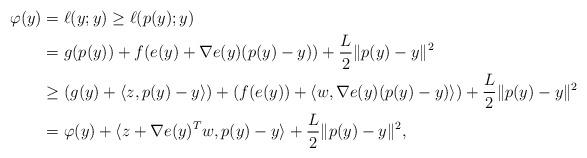
LaTeX: \begin{align*}\varphi (y)&= \ell(y;y)\geq \ell(p(y);y) \\&= g(p(y))+f(e(y) + \nabla e(y)(p(y)-y)) +\frac{L}{2}\|p(y)-y\|^2 \\&\geq (g(y)+\langle z, p(y)-y\rangle) +(f(e(y))+\langle w, \nabla e(y)(p(y)-y)\rangle)+\frac{L}{2}\|p(y)-y\|^2 \\&= \varphi (y)+\langle z+\nabla e(y)^T w, p(y)-y\rangle +\frac{L}{2}\|p(y)-y\|^2,\end{align*}